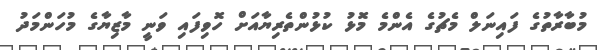
މުބާރާތުގެ ފައިނަލް މެޗުގެ އެންމެ މޮޅު ކުޅުންތެރިޔާއަށް ހޮވިފައި ވަނީ މާޒިޔާގެ މުހަންމަދު